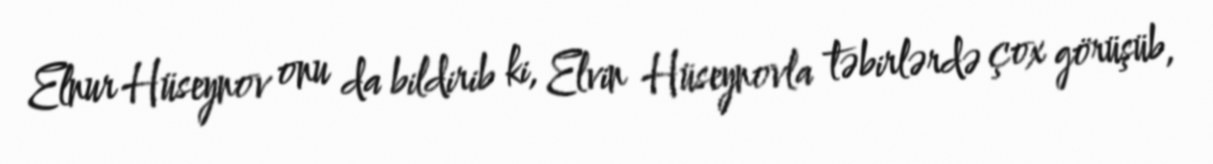
Elnur Hüseynov onu da bildirib ki, Elvin Hüseynovla təbirlərdə çox görüşüb,